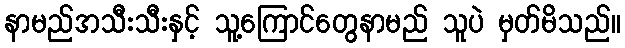
နာမည်အသီးသီးနှင့် သူ့ကြောင်တွေနာမည် သူပဲ မှတ်မိသည်။